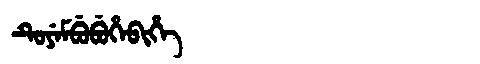
Manchu: ᡨᡠᠶᡝᠮᠪᡠᠪᡠᡥᡝᠪᡳᡥᡝ
Romanization: TUYEMBUBUHEBIHE